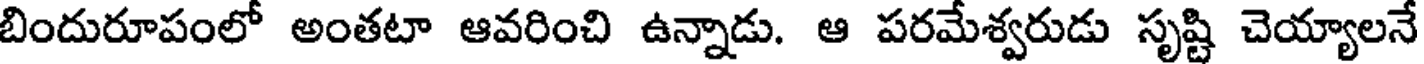
బిందురూపంలో అంతటా ఆవరించి ఉన్నాడు. ఆ పరమేశ్వరుడు సృష్టి చెయ్యాలనే